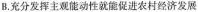
B.充分发挥主观能动性就能促进农村经济发展